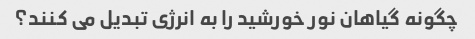
چگونه گیاهان نور خورشید را به انرژی تبدیل می کنند؟